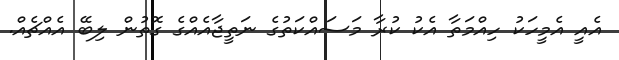
އެއީ އެމީހަކު ހިއްމަތާ އެކު ކުރާ މަސައްކަތުގެ ނަތީޖާއެއްގެ ގޮތުން ލިބޭ އެއްޗެއް.